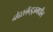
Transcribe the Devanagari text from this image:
नेदरलॅन्ड्ज़मधील